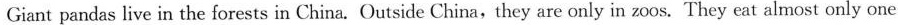
Giant pandas live in the forests in China.Outside China,they are only in zo 0 s. They cat almost only one